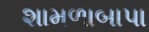
શામળાબાપા